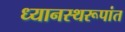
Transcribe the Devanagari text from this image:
ध्यानस्थरूपांत